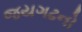
જયગઢનો